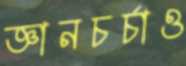
জ্ঞানচর্চাও